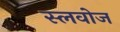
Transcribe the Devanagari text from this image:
स्लवोज